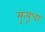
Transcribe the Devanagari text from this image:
मुत्यूचा